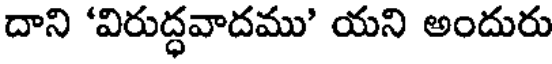
దాని 'విరుద్ధవాదము' యని అందురు